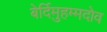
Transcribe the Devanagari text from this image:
बेर्दिमुहम्मदोव